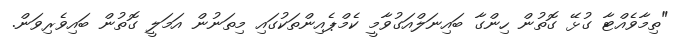
"ތިމާވެއްޓާ ގުޅޭ ގޮތުން ހިންގާ ބައިނަލްއަގުވާމީ ކެމްޕެއިންތަކުގައި މިތަނުން އަމަލީ ގޮތުން ބައިވެރިވަން.